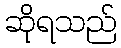
ဆိုရသည်